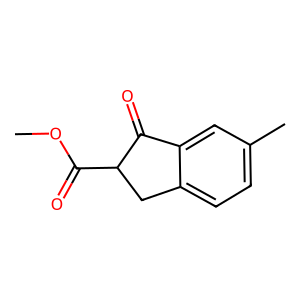
SMILES: COC(=O)C1Cc2ccc(C)cc2C1=O
Inhibits HIV replication: No